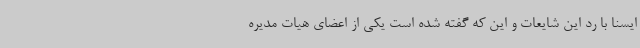
ایسنا با رد این شایعات و این که گفته شده است یکی از اعضای هیات مدیره